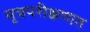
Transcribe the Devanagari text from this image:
मूत्रपरीक्षणात